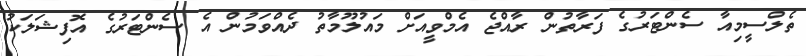
ތެލްސީމިއާ ސެންޓަރުގެ ފަރާތުން ރާއްޖެ އެމްވީއަށް މައުލޫމާތު ދެއްވަމުން އެ ސެންޓަރުގެ އޮފިޝަލަކު